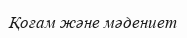
Қоғам және мәдениет